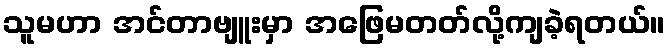
သူမဟာ အင်တာဗျူးမှာ အဖြေမတတ်လို့ကျခဲ့ရတယ်။